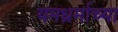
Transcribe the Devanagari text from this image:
यमध्रर्माच्या